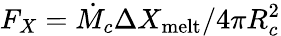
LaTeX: F_{X}=\dot{M}_{c}\Delta X_{\mathrm{melt}}/4\pi R_{c}^{2}